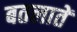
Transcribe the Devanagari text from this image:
बतलातें